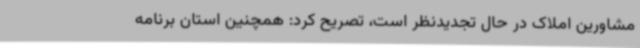
مشاورین املاک در حال تجدیدنظر است، تصریح کرد: همچنین استان برنامه